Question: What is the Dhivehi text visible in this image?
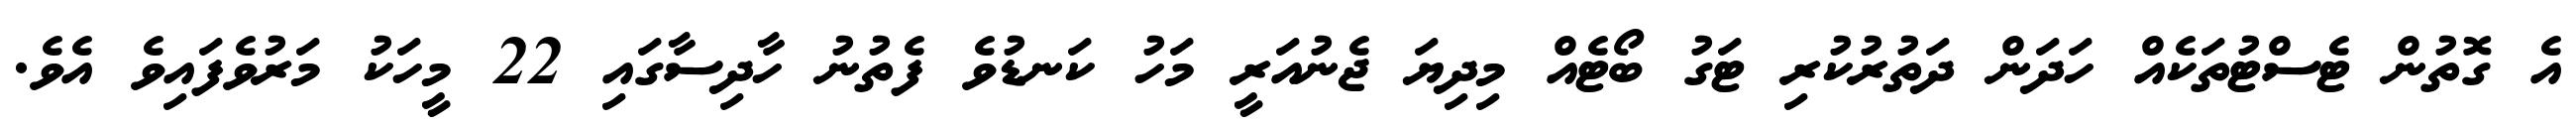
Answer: އެ ގޮތުން ޓެސްޓުތަކެއް ހަދަން ދަތުރުކުރި ޓަގު ބޯޓެއް މިދިޔަ ޖެނުއަރީ މަހު ކަނޑުވެ ފެތުނު ހާދިސާގައި 22 މީހަކު މަރުވެފައިވެ އެވެ.